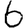
Digit: 6